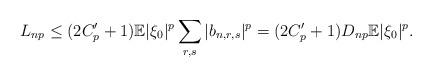
LaTeX: \begin{align*}L_{np}\leq(2C_{p}^{\prime}+1)\mathbb{E}|\xi_{0}|^{p}\sum_{r,s}|b_{n,r,s}|^{p}=(2C_{p}^{\prime}+1)D_{np}\mathbb{E}|\xi_{0}|^{p}.\end{align*}